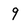
Character: 9